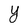
Character: Y